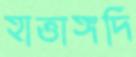
হাত্তাঙ্গদি